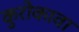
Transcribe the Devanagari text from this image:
कुरोकावा